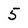
Character: 5